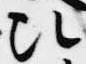
次